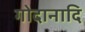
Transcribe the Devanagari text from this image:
गोदानादि